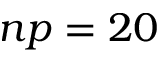
n p = 2 0